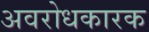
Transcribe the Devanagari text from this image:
अवरोधकारक